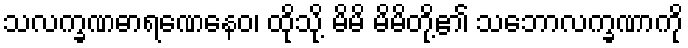
သလက္ခဏဓာရဏေနေဝ၊ ထိုသို့ မိမိ မိမိတို့၏ သဘောလက္ခဏာကို